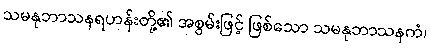
သမနုဘာသနရဟန်းတို့၏ အစွမ်းဖြင့် ဖြစ်သော သမနုဘာသနကံ၊